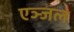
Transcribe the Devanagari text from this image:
एञ्जल